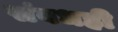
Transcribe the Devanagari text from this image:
संबधही